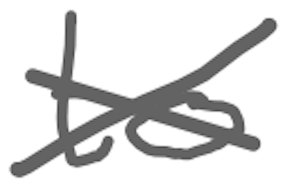
Text: to
Cross-out: cross
Writing tool: digital_gray